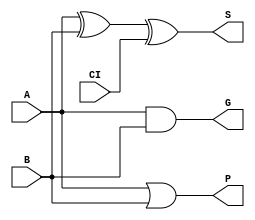
module Add_1bit(
    input A,
    input B,
    input CI, //
    output S, //
    output G, //
    output P //
);

xor(S,A,B,CI);
and(G,A,B);
or(P,A,B);
    
endmodule